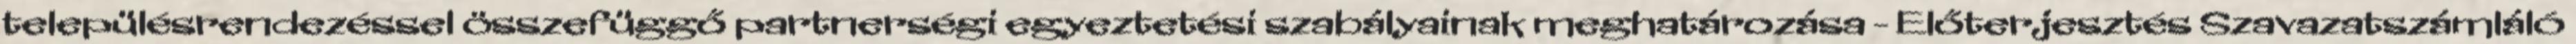
településrendezéssel összefüggő partnerségi egyeztetési szabályainak meghatározása - Előterjesztés Szavazatszámláló